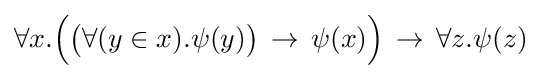
\forall x.{\Big (}{\big (}\forall (y\in x).\psi (y){\big )}\,\to \,\psi (x){\Big )}\,\to \,\forall z.\psi (z)